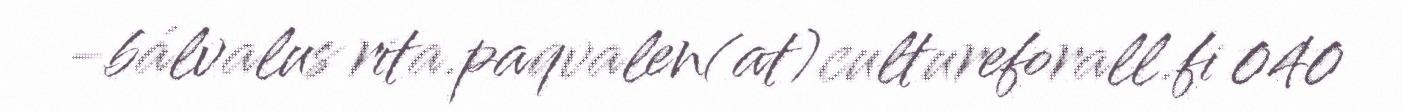
-bálvalus rita.paqvalen(at)cultureforall.fi 040